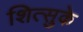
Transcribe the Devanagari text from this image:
शित्सुके